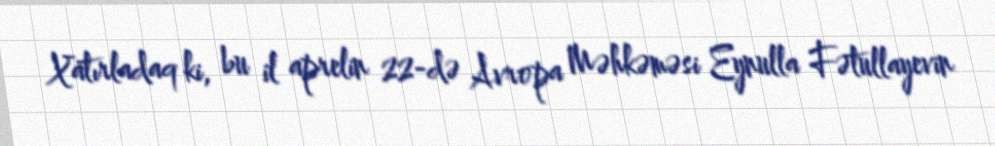
Xatırladaq ki, bu il aprelin 22-də Avropa Məhkəməsi Eynulla Fətullayevin